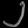
Digit: ၂